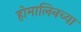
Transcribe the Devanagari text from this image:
होमालिनच्या